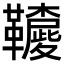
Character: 𩍳